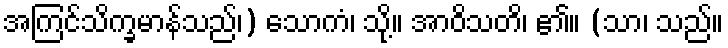
အကြင်သိက္ခမာန်သည်၊) သောကံ၊ သို့။ အာဝိသတိ၊ ၏။ (သာ၊ သည်။